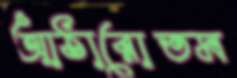
আঠারোতম